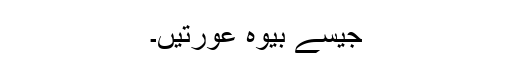
جیسے بیوہ عورتیں۔